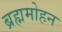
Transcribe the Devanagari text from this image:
ब्रह्ममोहन